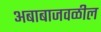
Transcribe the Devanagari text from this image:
अबाबाजवळील